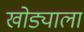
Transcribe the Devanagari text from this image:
खोड्याला